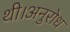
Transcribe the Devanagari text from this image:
थी।अनुरोध